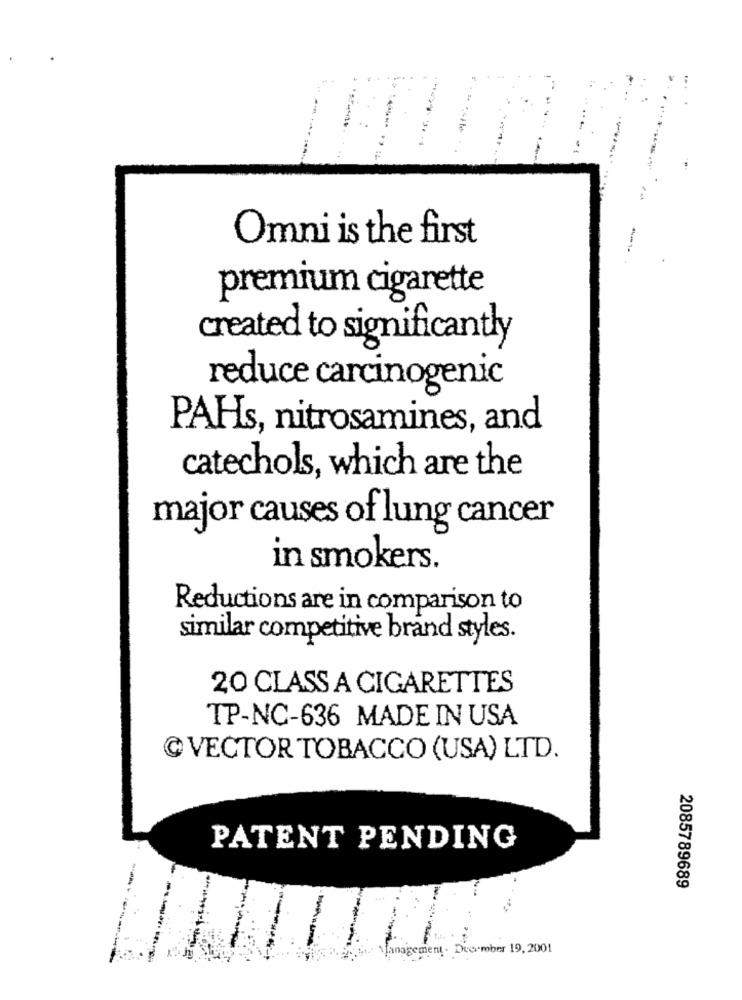
Omni is the first
premium cigarette
created to significantly
reduce carcinogenic
PAHs, nitrosamines, and
catechols, which are the
major causes of lung cancer
in smokers.
Reductions are in comparison to
similar competitive brand styles.
20 CLASS A CIGARETTES
TP-NC-636 MADE IN USA
@ VECTOR TOBACCO (USA) LTD.
PATENT PENDING
2085789689
Lanagement . December 19, 200!